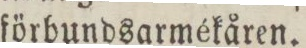
förbundsarmékåren.